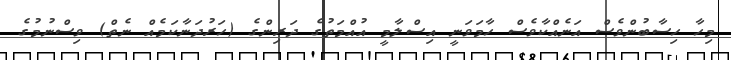
މިހާ ހިސާބުންވެސް އަނެއްކާވެސް ހާމަވަނީ އިސްލާމީ އުއްމަތުގެ ދަރިންގެ (ހަރުދަނާކަމެއް ނެތް) ވިސްނުމުގެ